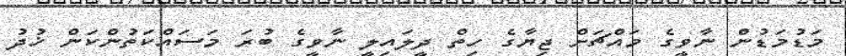
މަޑުމަޑުން ނާވީގެ މައްޗަށް ޖިޔާގެ ހިތް ދީލައިލީ ނާވީގެ ބުރަ މަސައްކަތުންކަން ޚުދު